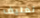
تغليف